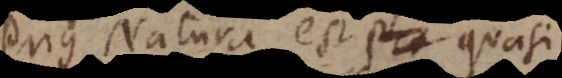
Prius Natura est pho quasi